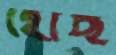
হোছ